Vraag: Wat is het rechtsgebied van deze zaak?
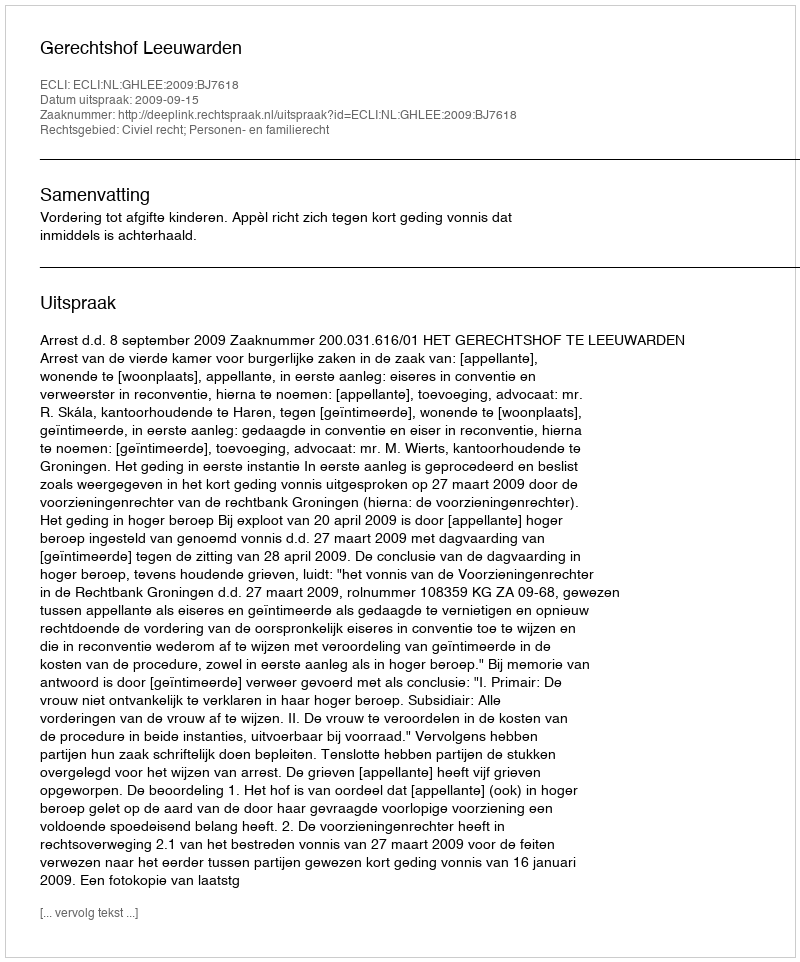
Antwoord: Civiel recht; Personen- en familierecht